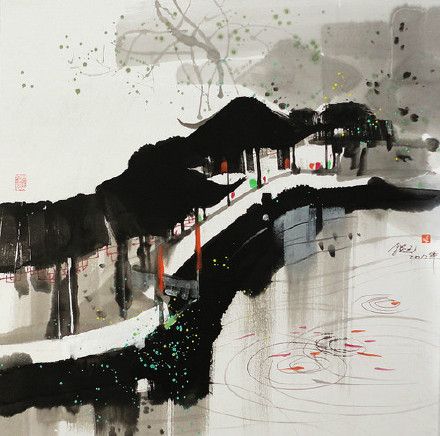
行尽江南，不与离人遇。